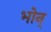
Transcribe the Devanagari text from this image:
भोन्